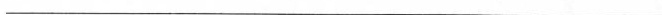
___